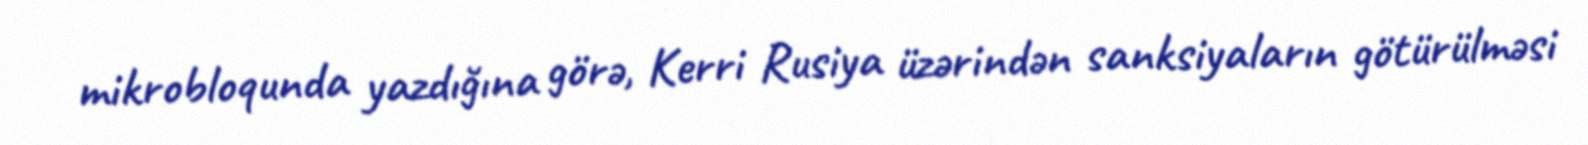
mikrobloqunda yazdığına görə, Kerri Rusiya üzərindən sanksiyaların götürülməsi